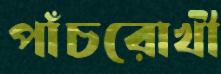
পাঁচরোখী